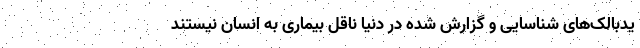
یدبالک‌های شناسایی و گزارش شده در دنیا ناقل بیماری به انسان نیستند